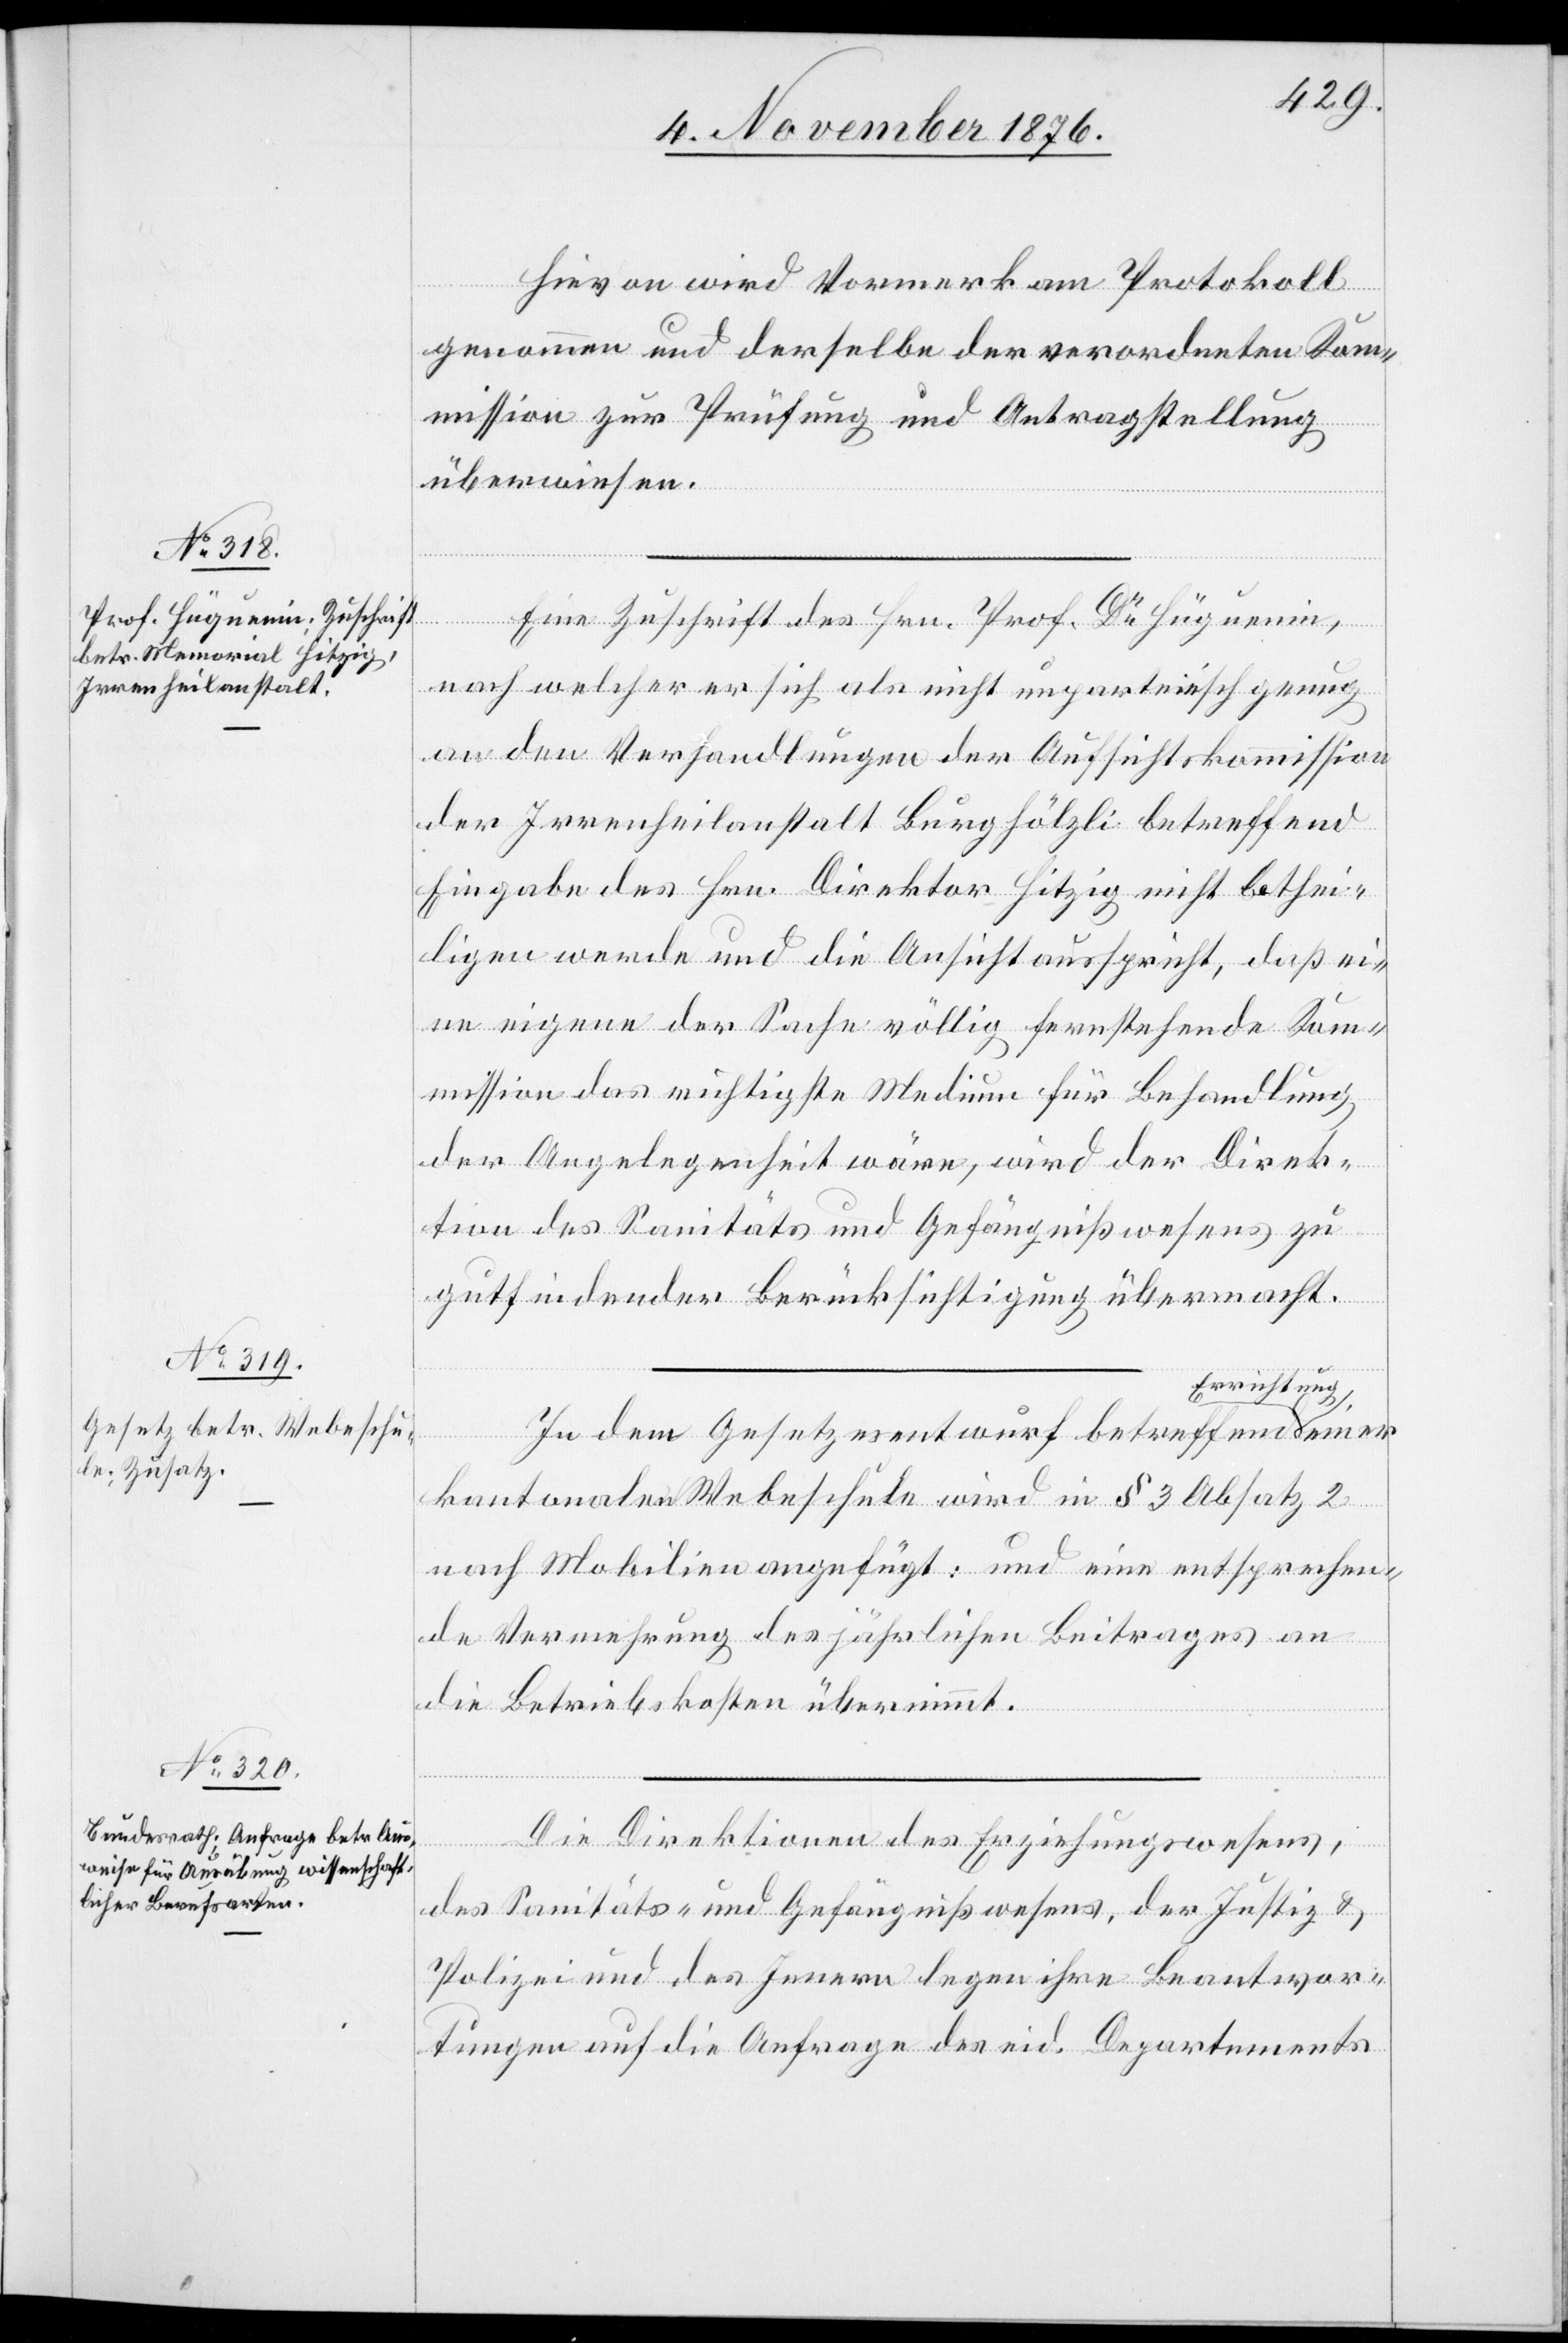
Hievon wird Vormerk am Protokoll
genommen und derselbe der verordneten Kom¬
mission zur Prüfung und Antragstellung
überwiesen.
Eine Zuschrift des Hrn. Prof. Dr Hüguenin,
nach welcher er sich als nicht unparteiisch genug
an den Verhandlungen der Aufsichtskommission
der Irrenheilanstalt Burghölzli betreffend
Eingabe des Hrn. Direktor Hitzig nicht bethei¬
ligen werde und die Ansicht ausspricht, daß ei¬
ne eigene der Sache völlig fernstehende Kom¬
mission das muhtigste Medium für Behandlung
der Angelegenheit wäre, wird der Direk¬
tion des Sanitäts- und Gefängnißwesens zu
gutfindender Berücksichtigung übermacht.
Errichtung
iner
In dem Gesetzesentwurf betreffend
kantonalen Webeschule wird in § 3 Absatz 2
nach Mobilien eingefügt: und eine entsprechen¬
de Vermehrung des jährlichen Beitrages an
die Betriebskosten übernimmt.
Die Direktionen des Erziehungswesens,
des Sanitäts- und Gefängnißwesens, der Justiz &
Polizei und des Innern legen ihre Beantwor¬
tungen auf die Anfrage des eid. Departement